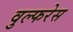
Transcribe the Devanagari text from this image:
वुल्फरेस